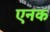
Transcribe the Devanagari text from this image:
एनक